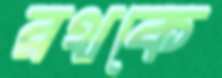
রথকে